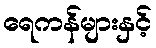
ရေကန်များနှင့်